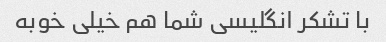
با تشکر انگلیسی شما هم خیلی خوبه